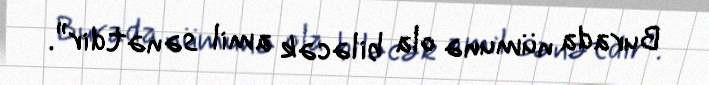
Burada nümunə ola biləcək amil sənətdir”.